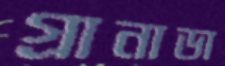
গ্রানাডা